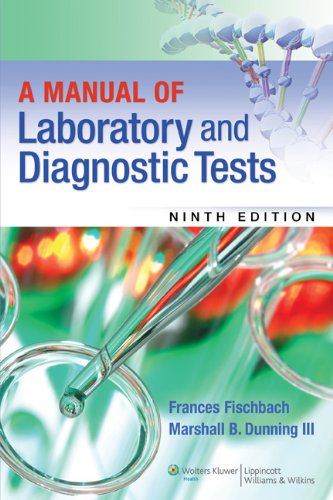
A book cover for A Manual of Laboratory and Diagnostic Tests; Frances Fischbach RN  BSN  MSN; Medical Books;